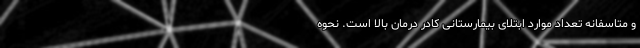
و متاسفانه تعداد موارد ابتلای بیمارستانی کادر درمان بالا است. نحوه